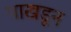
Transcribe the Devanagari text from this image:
पाखडून